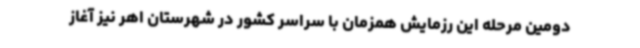
دومین مرحله این رزمایش همزمان با سراسر کشور در شهرستان اهر نیز آغاز